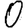
Digit: 0